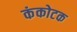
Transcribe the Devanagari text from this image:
कंकोटक